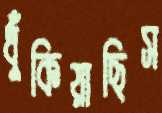
ধুঁকিয়াছিস